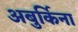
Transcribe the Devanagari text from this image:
अबुर्किना